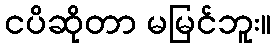
ငပိဆိုတာ မမြင်ဘူး။